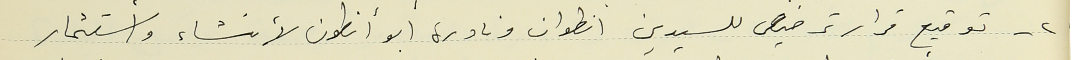
٢- توقيع قرار ترخيص للسيدين انطوان ونادرة ابو أنطون لأنشاء وأستثمار